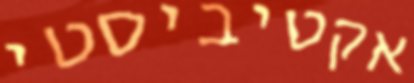
אקטיביסטי